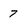
Character: 7